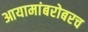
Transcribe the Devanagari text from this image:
आयामांबरोबरच